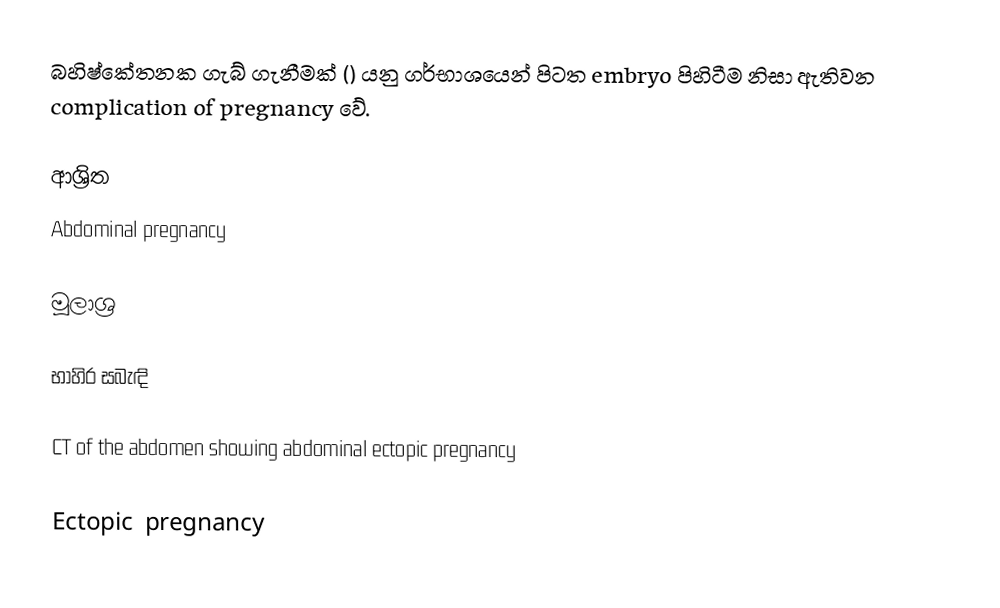
බහිෂ්කේතනක ගැබ් ගැනීමක් () යනු ගර්භාශයෙන් පිටත embryo පිහිටීම නිසා ඇතිවන complication of pregnancy වේ.

ආශ්‍රිත
 Abdominal pregnancy

මූලාශ්‍ර

භාහිර සබැඳි

 CT of the abdomen showing abdominal ectopic pregnancy

Ectopic pregnancy